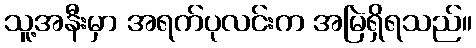
သူ့အနီးမှာ အရက်ပုလင်းက အမြဲရှိရသည်။